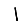
Digit: 1